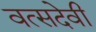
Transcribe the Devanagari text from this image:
वत्सदेवी